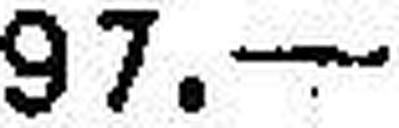
97.—